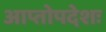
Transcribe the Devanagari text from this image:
आप्तोपदेशः